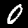
Digit: 0